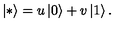
\left| * \right> = u \left| 0 \right> + v \left| 1 \right> .